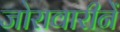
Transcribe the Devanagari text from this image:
जोरावारीनें